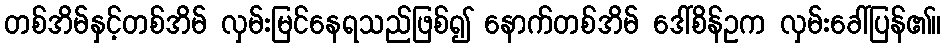
တစ်အိမ်နှင့်တစ်အိမ် လှမ်းမြင်နေရသည်ဖြစ်၍ နောက်တစ်အိမ် ဒေါ်စိန်ဥက လှမ်းခေါ်ပြန်၏။